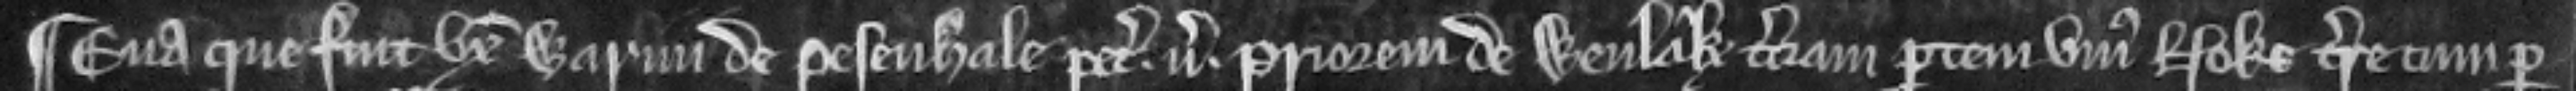
¶ Eva que fuit uxor Warini de Pesenhale petit versus Priorem de Wenlak terciam partem unius noke terre cum per